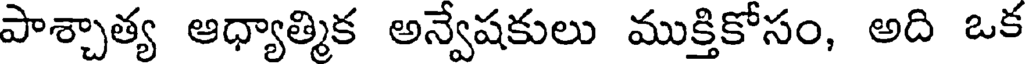
పాశ్చాత్య ఆధ్యాత్మిక అన్వేషకులు ముక్తికోసం, అది ఒక